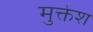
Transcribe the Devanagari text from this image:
मुक्तेश